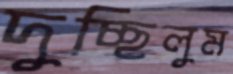
দুচ্ছিলুম